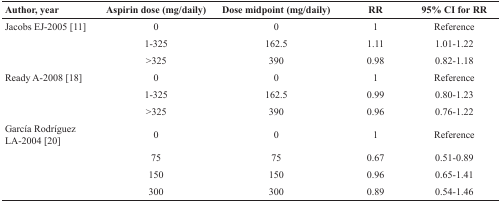
<table><thead><tr><td><b>Author, year</b></td><td><b>Aspirin dose (mg/daily)</b></td><td><b>Dose midpoint (mg/daily)</b></td><td><b>RR</b></td><td><b>95% CI for RR</b></td></tr></thead><tbody><tr><td>Jacobs EJ-2005 [11]</td><td>0</td><td>0</td><td>1</td><td>Reference</td></tr><tr><td></td><td>1-325</td><td>162.5</td><td>1.11</td><td>1.01-1.22</td></tr><tr><td></td><td>&gt;325</td><td>390</td><td>0.98</td><td>0.82-1.18</td></tr><tr><td>Ready A-2008 [18]</td><td>0</td><td>0</td><td>1</td><td>Reference</td></tr><tr><td></td><td>1-325</td><td>162.5</td><td>0.99</td><td>0.80-1.23</td></tr><tr><td></td><td>&gt;325</td><td>390</td><td>0.96</td><td>0.76-1.22</td></tr><tr><td>García Rodríguez LA-2004 [20]</td><td>0</td><td>0</td><td>1</td><td>Reference</td></tr><tr><td></td><td>75</td><td>75</td><td>0.67</td><td>0.51-0.89</td></tr><tr><td></td><td>150</td><td>150</td><td>0.96</td><td>0.65-1.41</td></tr><tr><td></td><td>300</td><td>300</td><td>0.89</td><td>0.54-1.46</td></tr></tbody></table>